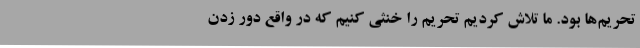
تحریم‌ها بود. ما تلاش کردیم تحریم را خنثی کنیم که در واقع دور زدن